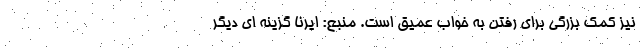
نیز کمک بزرگی برای رفتن به خواب عمیق است. منبع: ایرنا گزینه ای دیگر